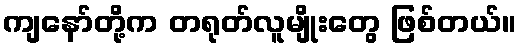
ကျနော်တို့က တရုတ်လူမျိုးတွေ ဖြစ်တယ်။